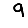
Digit: 9